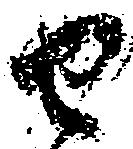
せ